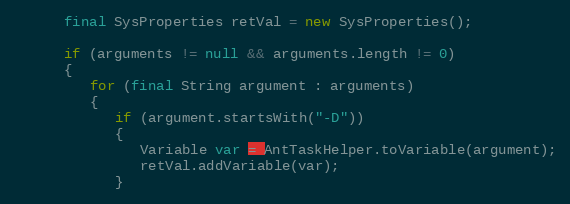
Language: Java
      final SysProperties retVal = new SysProperties();

      if (arguments != null && arguments.length != 0)
      {
         for (final String argument : arguments)
         {
            if (argument.startsWith("-D"))
            {
               Variable var = AntTaskHelper.toVariable(argument);
               retVal.addVariable(var);
            }